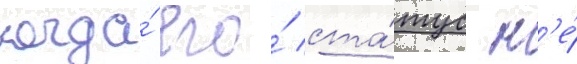
когда́ его́ ста́тус н'е́